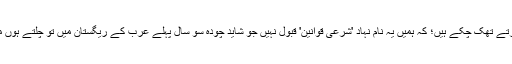
اور وہ یہ کہ ہم مذہب کے نام پہ خرافات برداشت کرتے کرتے تھک چکے ہیں؛ کہ ہمیں یہ نام نہاد 'شرعی قوانین' قبول نہیں جو شاید چودہ سو سال پہلے عرب کے ریگستان میں تو چلتے ہوں مگر جن کا ہمارے نءے دور سے دور دور کا واسطہ نہیں۔